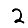
Digit: 2